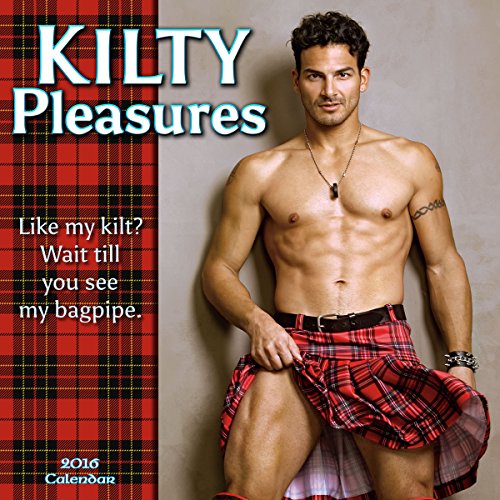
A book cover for KILTY Pleasures 2016 Wall Calendar; Sellers Publishing; Calendars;